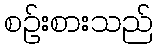
စဉ်းစားသည်